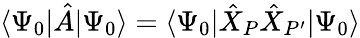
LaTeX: \langle\Psi_{0}|\hat{A}|\Psi_{0}\rangle=\langle\Psi_{0}|\hat{X}_{P}\hat{X}_{P^{\prime}}|\Psi_{0}\rangle